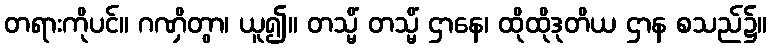
တရားကိုပင်။ ဂဏှိတွာ၊ ယူ၍။ တသ္မိံ တသ္မိံ ဌာနေ၊ ထိုထိုဒုတိယ ဌာန စသည်၌။